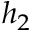
h _ { 2 }